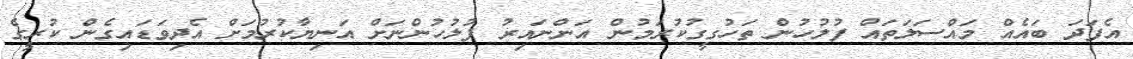
އެފަދަ ބައެއް މައްސަލަތައް ފުލުހުން ތަހުގީގުކުރަމުން އަންނައިރު ފުލުހުންނަށް އަނިޔާކުރުމަށް އެދިވަޑައިގެން ކުރީގެ